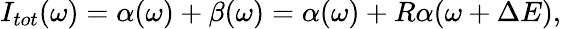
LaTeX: I_{tot}(\omega)=\alpha(\omega)+\beta(\omega)=\alpha(\omega)+R\alpha(\omega+\Delta E),